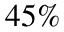
4 5 \%